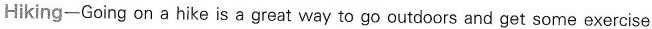
Hiking—Going on a hike is a great way to go outdoors and get some exercise.